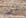
بيرز